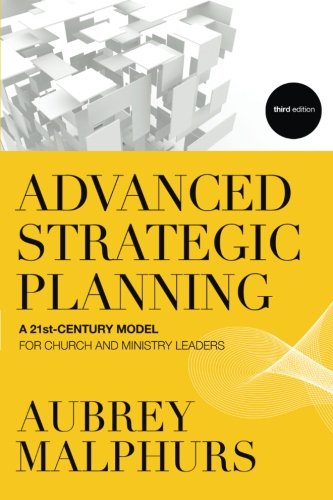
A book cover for Advanced Strategic Planning: A 21st-Century Model for Church and Ministry Leaders; Aubrey Malphurs; Christian Books & Bibles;